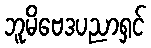
ဘူမိဗေဒပညာရှင်